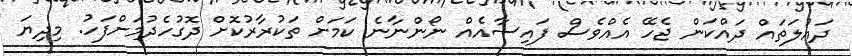
ދައުލަތައް ދައްކަން ޖެހޭ އެއްވެސް ފައިސާއެއް ނޯންނާނެ ކަމަށް ތަކުރާރުކޮށް ދޮގުހެދުމަށްފަހު. މިދިޔަ